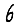
Digit: 6